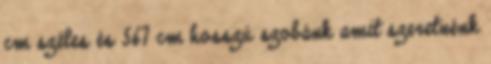
cm széles és 567 cm hosszú szobánk amit szeretnénk